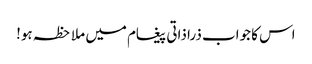
اس کا جواب ذرا ذاتی پیغام میں ملاحظہ ہو!